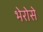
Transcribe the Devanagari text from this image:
भेरोसे